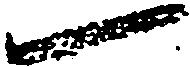
一